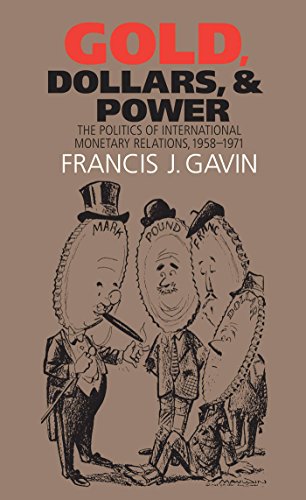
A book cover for Gold, Dollars, and Power: The Politics of International Monetary Relations, 1958-1971 (The New Cold War History); Francis J. Gavin; Business & Money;